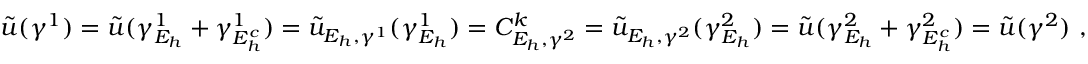
\begin{array} { r } { \tilde { u } ( \gamma ^ { 1 } ) = \tilde { u } ( \gamma _ { E _ { h } } ^ { 1 } + \gamma _ { E _ { h } ^ { c } } ^ { 1 } ) = \tilde { u } _ { E _ { h } , \gamma ^ { 1 } } ( \gamma _ { E _ { h } } ^ { 1 } ) = C _ { E _ { h } , \gamma ^ { 2 } } ^ { k } = \tilde { u } _ { E _ { h } , \gamma ^ { 2 } } ( \gamma _ { E _ { h } } ^ { 2 } ) = \tilde { u } ( \gamma _ { E _ { h } } ^ { 2 } + \gamma _ { E _ { h } ^ { c } } ^ { 2 } ) = \tilde { u } ( \gamma ^ { 2 } ) \, \, \mathrm { , } \; \, } \end{array}